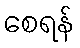
စေရန်